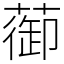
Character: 蓹